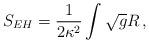
LaTeX: \begin{align*}S_{EH}=\frac{1}{2\kappa^2}\int \sqrt{g}R\,,\end{align*}